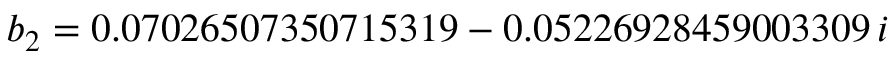
b _ { 2 } = 0 . 0 7 0 2 6 5 0 7 3 5 0 7 1 5 3 1 9 - 0 . 0 5 2 2 6 9 2 8 4 5 9 0 0 3 3 0 9 \, i